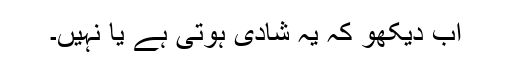
اب دیکھو کہ یہ شادی ہوتی ہے یا نہیں۔